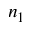
n _ { 1 }